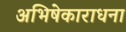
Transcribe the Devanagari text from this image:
अभिषेकाराधना